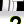
Digit: 2